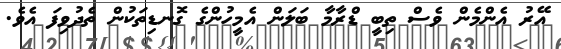
އޭރު އެންމެން ވެސް ތިބީ ޑްރާމާ ބަލަން އެމީހުންގެ ގޮނޑިތަކުން ތެދުވިފަ އެވެ.